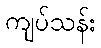
ကျပ်သန်း